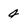
Character: 4